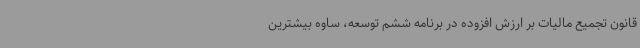
قانون تجمیع مالیات بر ارزش افزوده در برنامه ششم توسعه، ساوه بیشترین